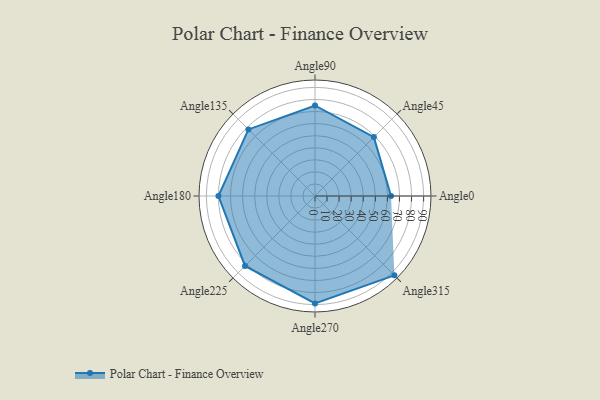
{"axis": {"x": "Angle", "y": "Radius"}, "legend": [""], "data": [{"x": "Angle0", "y": 63.0, "type": ""}, {"x": "Angle45", "y": 69.0, "type": ""}, {"x": "Angle90", "y": 75.0, "type": ""}, {"x": "Angle135", "y": 78.0, "type": ""}, {"x": "Angle180", "y": 80.0, "type": ""}, {"x": "Angle225", "y": 82.0, "type": ""}, {"x": "Angle270", "y": 89.0, "type": ""}, {"x": "Angle315", "y": 93.0, "type": ""}]}